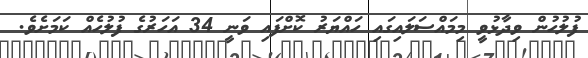
ފުލުހުން ވިދާޅުވީ މިމައްސަލައިގައި ހައްޔަރު ކޮށްފައި ވަނީ 34 އަހަރުގެ ފުލުހެއް ކަމަށެވެ.